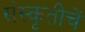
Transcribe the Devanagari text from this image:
संस्कृतीचें